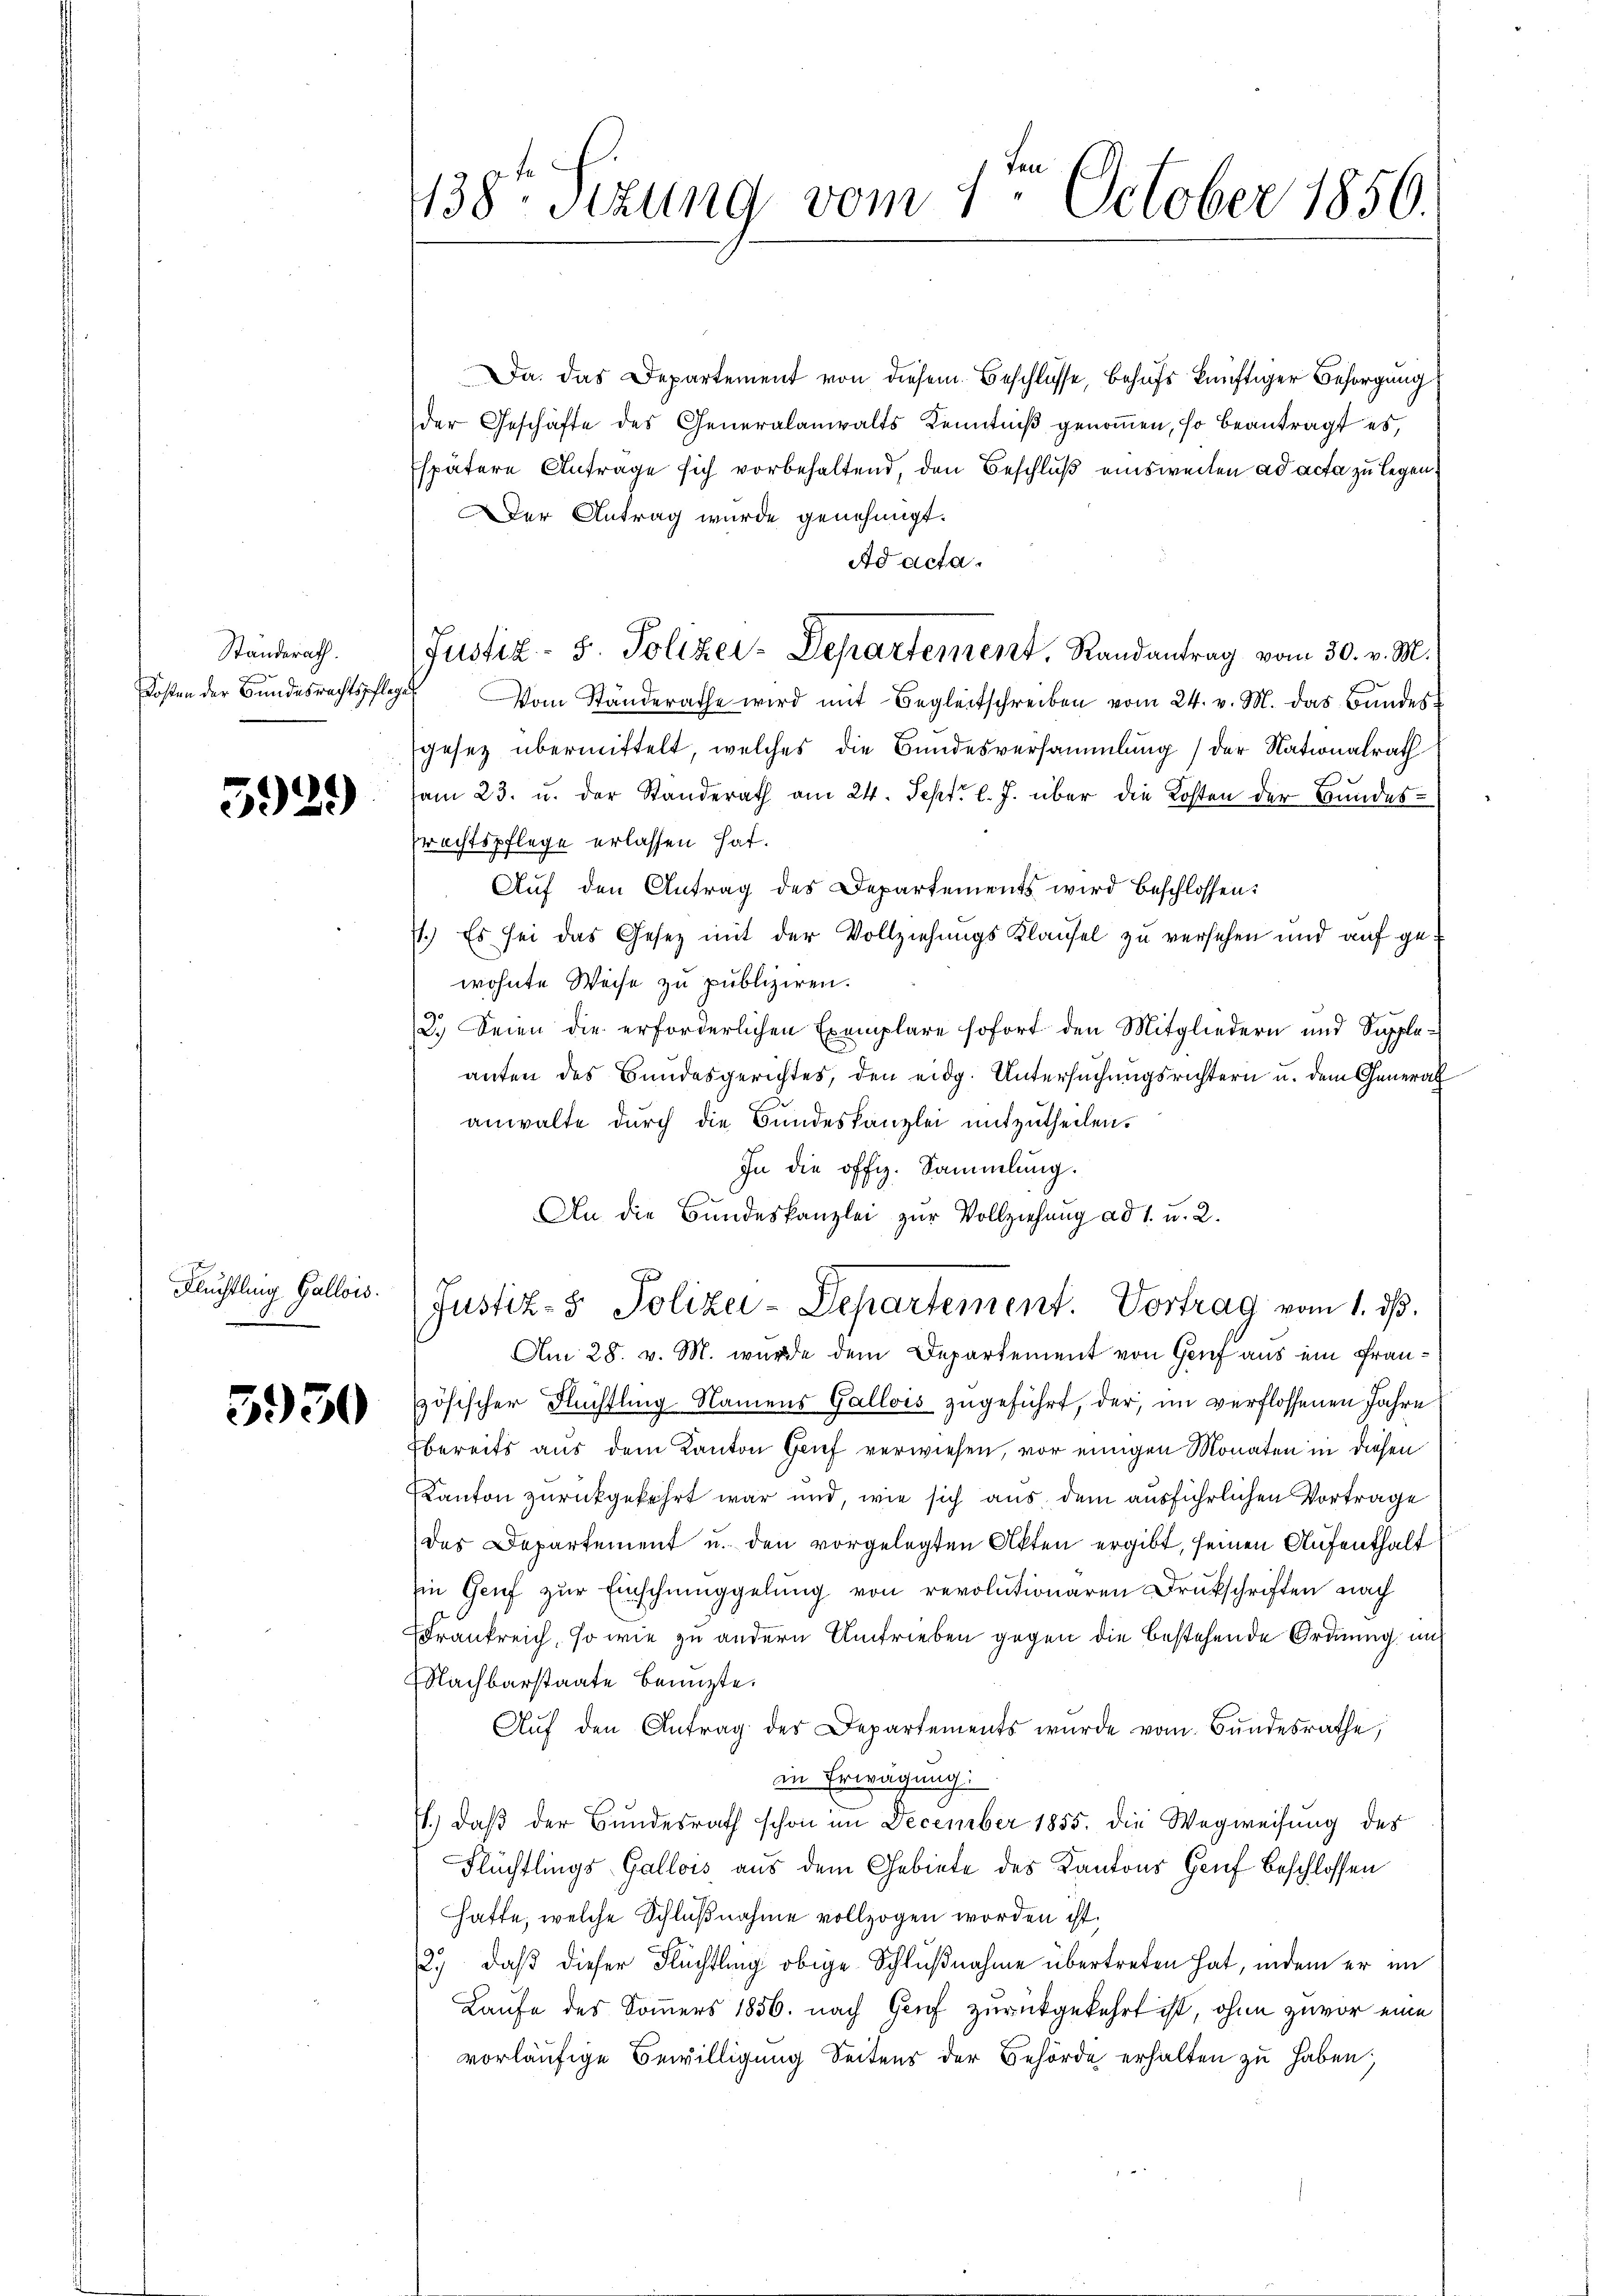
Standerath.
Kosten der Bundesrechtspflege

5929)

Fluchtling Gallois.

3950

138te Sitzung vom 1te͇n October 1850.

Da das Departement von diesem Beschlüsse, behufs künftiger Besorgung
der Geschäfte des Generalanwalts Kenntniß genomen, so beantragt es,
spätere Antrage sich vorbehaltend, den Beschluß einsweilen ad acta zu legen
Der Antrag wurde genehmigt.
Ad acta.
Justiz- u. Polizer-Departement, Randantrag vom 30. v. M.
Vom Ständerathe wird mit Begleitschreiben vom 24. v. M. das Bundes-
gesetz übermittelt, welches die Bundesversammlung) der Nationalrath
am 23. u. der Standerath am 24. Sept. l. J. über die Kosten der Bundes¬
Prechtspflege erlassen hat.
Auf den Antrag des Departements wird beschlossen:
7.) Es sei das Gesetz mit der Vollziehungs Klausel zu versehen und auf gewohnte Weise zu publiziren.
2.) Seien die erforderlichen Exemplare sofort den Mitgliedern und Suppleanten des Bundesgerichtes, den eidg. Untersuchungsrichtern u. dem General
anwalte durch die Bundeskanzlei mitzutheilen.
In die offiz. Sammlung.
An die Bundeskanzlei zur Vollziehung ad 1. u. 2.
Justiz- & Polizei-Departement. Vortrag vom 1. d.
Am 28. v. M. wurde dem Departement von Genf aus ein Französischer Flüchtling-Namens Gallois zugeführt, der, im verflossenen Jahre
sbereits aus dem Kanton Grief verwiesen, vor einigen Monaten in diesen
Kanton zurückgekehrt war und, wie sich aus dem ausführlichen Vortrage
des Departement u. den vorgelegten Akten ergibt, seinen Aufenthalt
Ein Genf zur Einschmuggelung von revolutionaren Druckschriften nach
Frankreich, so wie zu andern Antrieben gegen die bestehende Ordnung und
Nachbarstaate benuzte.
Aŭf den Antrag des Departements wurde vom Bundesrathe,
in Erwägung:
.) daß der Bundesrath schon im December 1855. die Wegweisung des
Flüchtlings Gallois aus dem Gebiete des Kantons Genf beschlossen
hafte, welche Schlußnahme vollzogen worden ist.
2.) daß dieser Flüchtling obige Schlußnahme übertreten hat, indem er in
Laufe des Sommers 1856. nach Genf zurückgekehrt ist, ohne zuvor eine
vorläufige Bewilligung Seitens der Behörde erhalten zu haben;